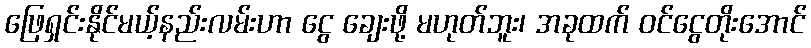
ဖြေရှင်းနိုင်မယ့်နည်းလမ်းဟာ ငွေ ချေးဖို့ မဟုတ်ဘူး၊ အခုထက် ဝင်ငွေတိုးအောင်